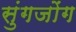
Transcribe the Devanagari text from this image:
सुंगजोंग